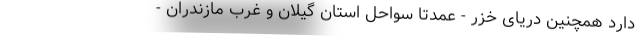
دارد همچنین دریای خزر - عمدتاً سواحل استان گیلان و غرب مازندران -